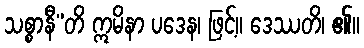
သစ္စာနီ”တိ ဣမိနာ ပဒေန၊ ဖြင့်။ ဒေဿတိ၊ ၏။